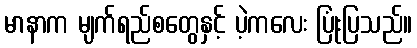
မာနာက မျက်ရည်စတွေနှင့် ပဲ့ကလေး ပြုံးပြသည်။